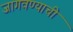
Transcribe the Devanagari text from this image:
जागवण्याची